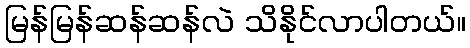
မြန်မြန်ဆန်ဆန်လဲ သိနိုင်လာပါတယ်။